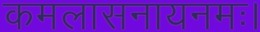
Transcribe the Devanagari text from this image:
कमलासनायनमः।